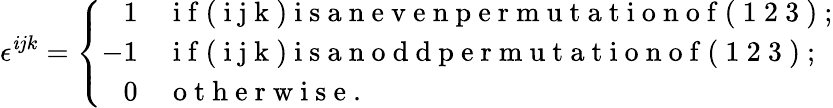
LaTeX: \epsilon^{\mathit{i}jk}=\left\{ \begin{array}{rl}{1}&{\mathrm{~i~f~(~i~j~k~)~i~s~a~n~e~v~e~n~p~e~r~m~u~t~a~t~i~o~n~o~f~(~1~2~3~)~};}\\ {-1}&{\mathrm{~i~f~(~i~j~k~)~i~s~a~n~o~d~d~p~e~r~m~u~t~a~t~i~o~n~o~f~(~1~2~3~)~};}\\ {0}&{\mathrm{~o~t~h~e~r~w~i~s~e~}.}\end{array}\right.